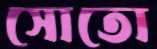
সোতো